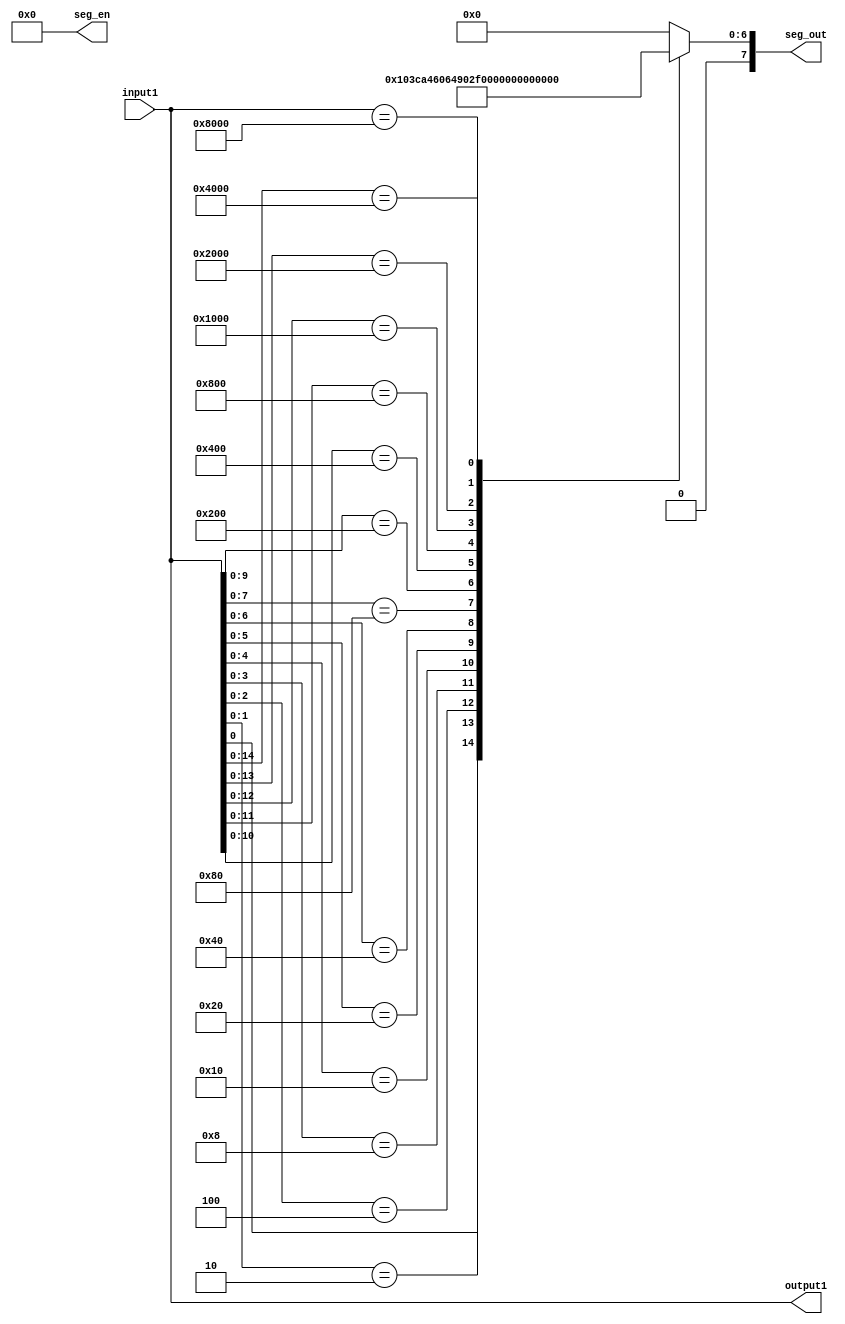
`timescale 1ns / 1ps
module Ass_3_1_v(
   input [15:0]input1,
   output reg [7:0]  seg_out,
   output [7:0] seg_en,
   output [15:0] output1
    );
    assign seg_en = ~8'hff;
    assign output1 = input1;
    always @*
    begin 
     casex(input1)
     16'bxxxxxxxxxxxxxxx1: seg_out = 8'b01000000;//0
     16'bxxxxxxxxxxxxxx10: seg_out = 8'b01111001;//1
     16'bxxxxxxxxxxxxx100: seg_out = 8'b00100100;//2
     16'bxxxxxxxxxxxx1000: seg_out = 8'b00110000;//3
     16'bxxxxxxxxxxx10000: seg_out = 8'b00011001;//4
     16'bxxxxxxxxxx100000: seg_out = 8'b00010010;//5
     16'bxxxxxxxxx1000000: seg_out = 8'b00000010;//6
     16'bxxxxxxxx10000000: seg_out = 8'b01111000;//7
     16'bxxxxxxx100000000: seg_out = 8'b00000000;//8
     16'bxxxxxx1000000000: seg_out = 8'b00010000;//9
     16'bxxxxx10000000000: seg_out = 8'b00001000;//A
     16'bxxxx100000000000: seg_out = 8'b00000011;//B
     16'bxxx1000000000000: seg_out = 8'b01000110;//C
     16'bxx10000000000000: seg_out = 8'b00100001;//D
     16'bx100000000000000: seg_out = 8'b00000110;//E
     16'b1000000000000000: seg_out = 8'b00001110;//F
     default:seg_out = 8'b0000000;
    endcase
    end  
endmodule
//////////////////////////////////////////////////////////////////////////////////
// Company: 
// Engineer: 
// 
// Design Name: 
// Module Name: Ass_3_1_v
// Project Name: 
// Target Devices: 
// Tool Versions: 
// Description: 
// 
// Dependencies: 
// 
// Revision:
// Revision 0.01 - File Created
// Additional Comments:
// 
//////////////////////////////////////////////////////////////////////////////////